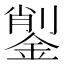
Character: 𨨺